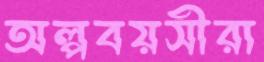
অল্পবয়সীরা